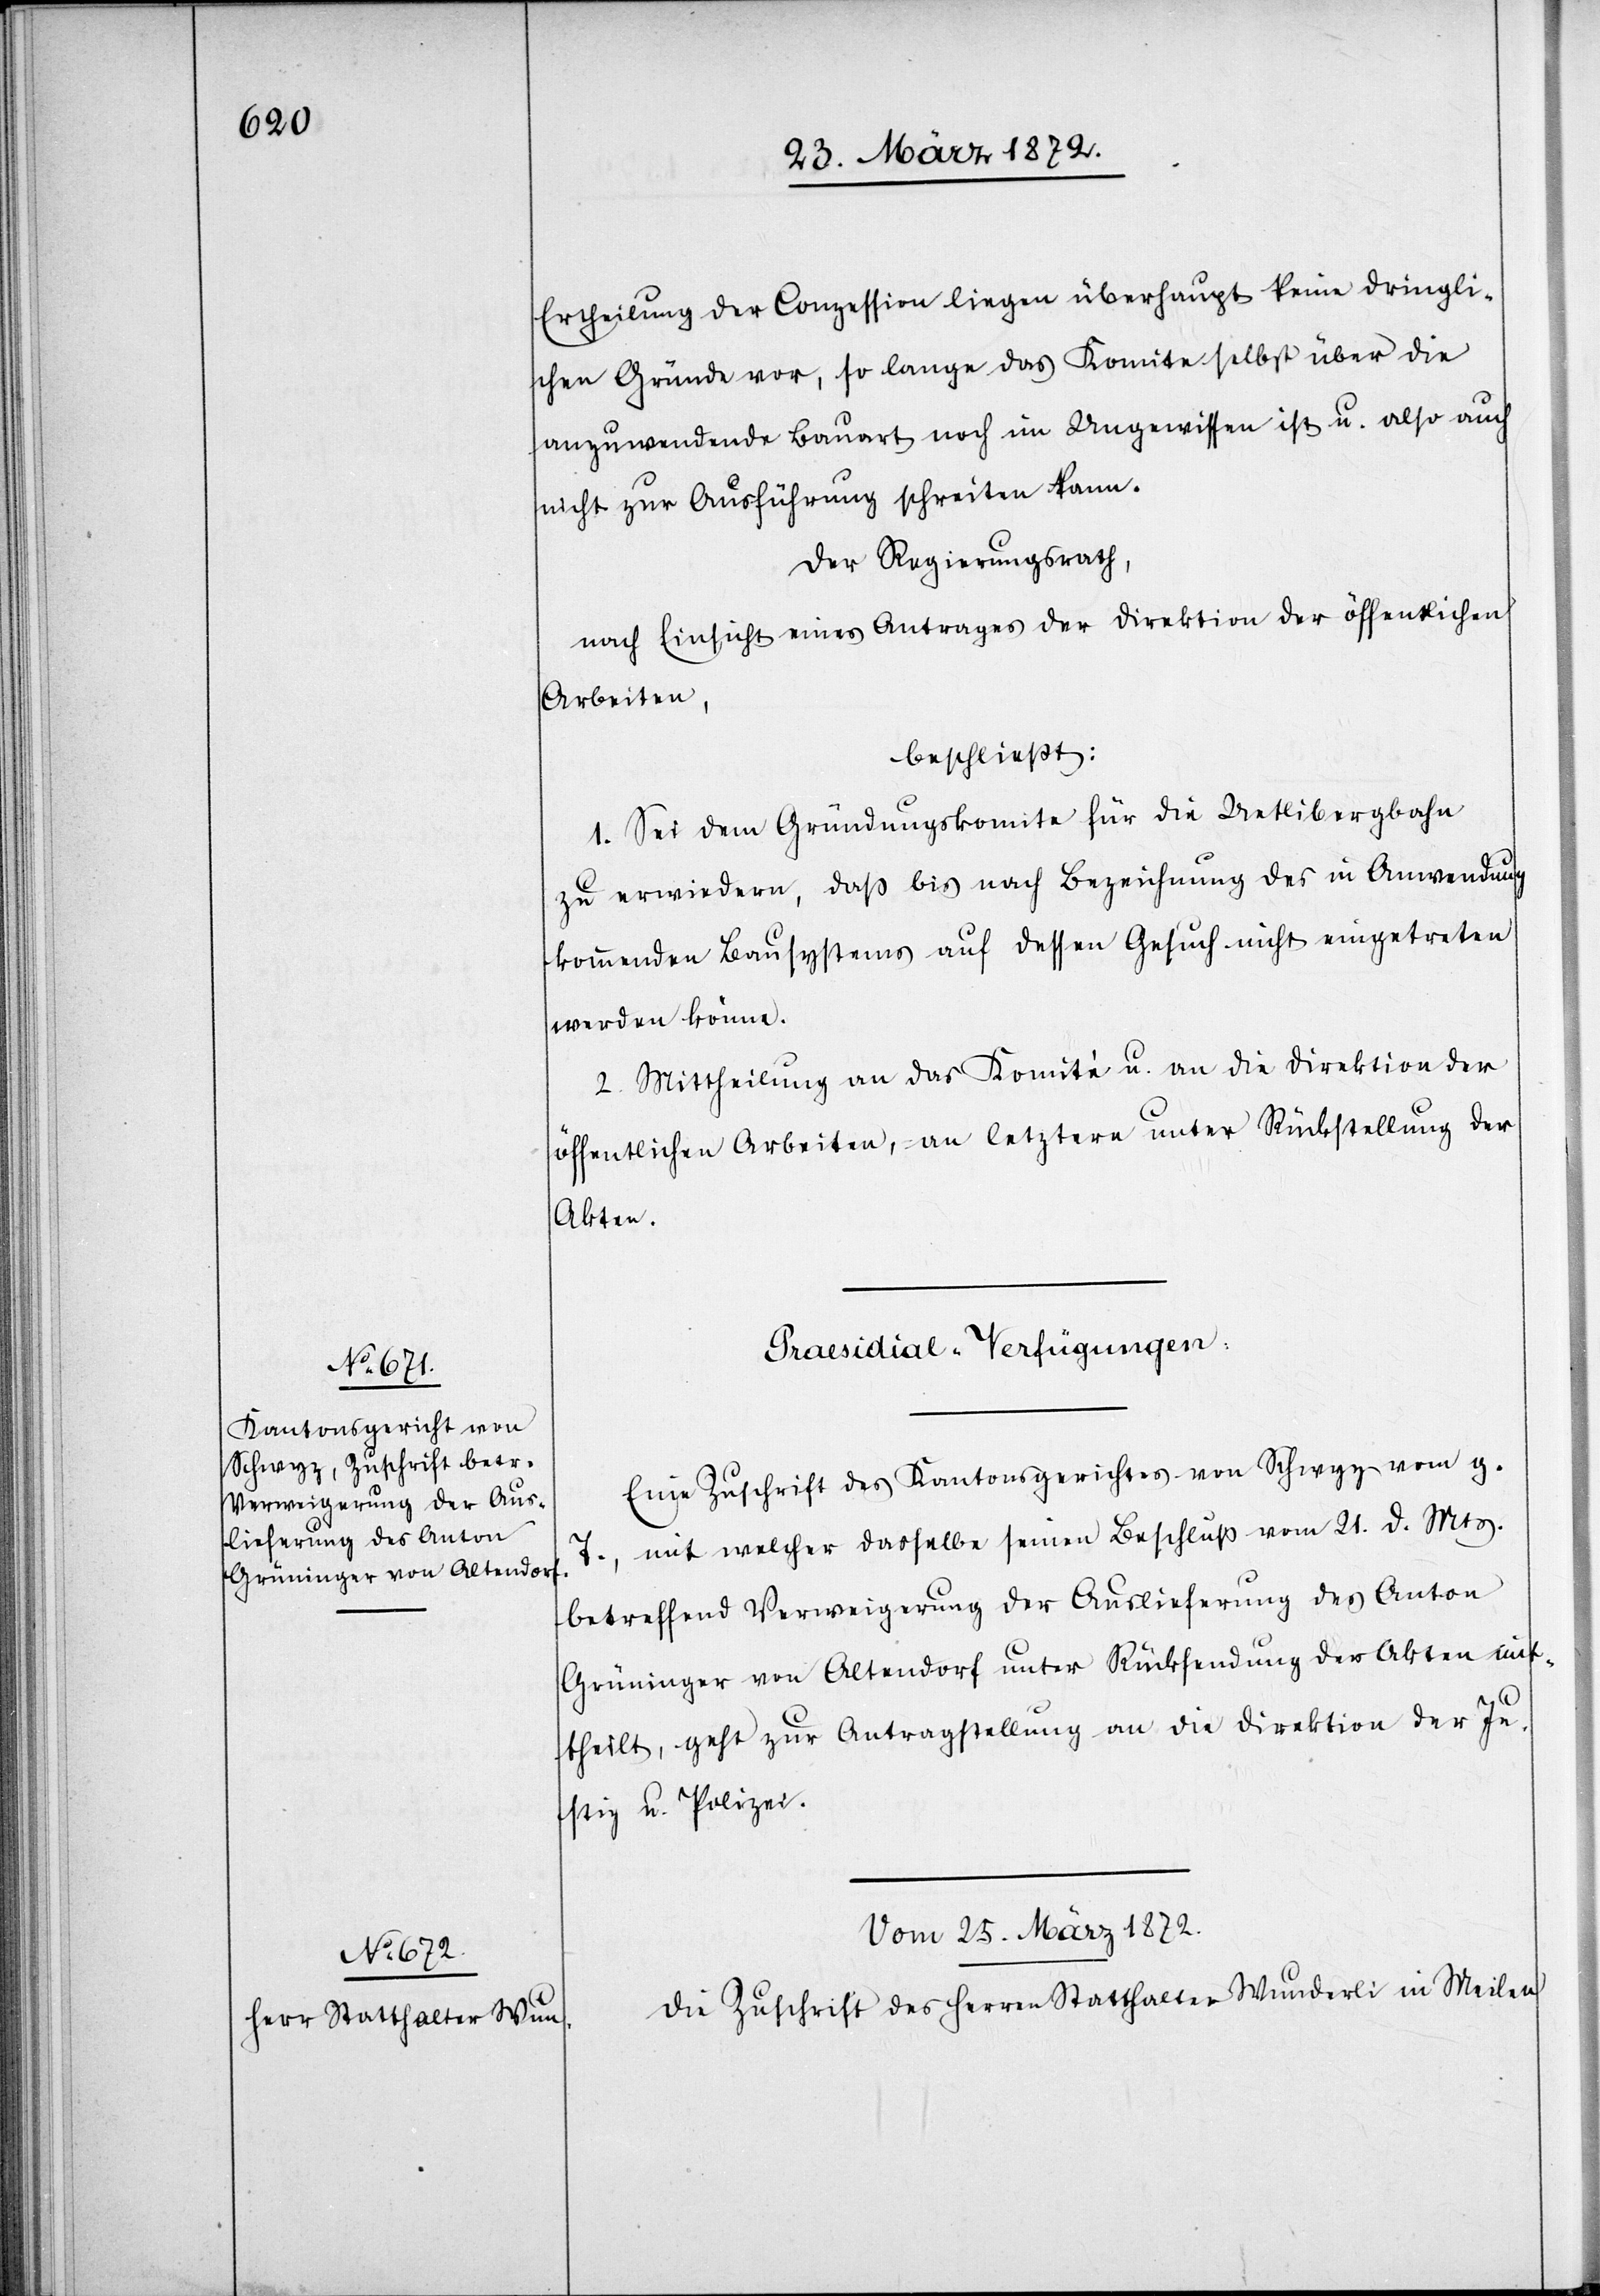
Ertheilung der Conzession liegen überhaupt keine dringli¬
chen Gründe vor, so lange das Komitee selbst über die
anzuwendende Bauart noch im Ungewissen ist u. also au¬
ch zur Ausführung schreiten kann.
Der Regierungsrath,
nach Einsicht eines Antrages der Direktion der öffentlichen
Arbeiten,
beschließt:
1. Sei dem Gründungskomite für die Uetlibergbahn
zu erwiedern, daß bis nach Bezeichnung des in Anwendung
kommenden Bausystems auf dessen Gesuch nicht eingetreten
werden könne.
2. Mittheilung an das Komité u. an die Direktion der
öffentlichen Arbeiten, an letztere unter Rückstellung der
Akten.
[Praesidial-Verfügungen]
Eine Zuschrift des Kantonsgerichtes von Schwyz vom g.
T., mit welcher dasselbe seinen Beschluß vom 21. d. Mts.
betreffend Verweigerung der Auslieferung des Anton
Grüninger von Altendorf unter Rücksendung der Akten mit¬
theilt, geht zur Antragstellung an die Direktion der Ju¬
stiz[-] u. Polizei.
Vom 25. März 1872.
Die Zuschrift des Herren Statthalter Wunderli in Meilen